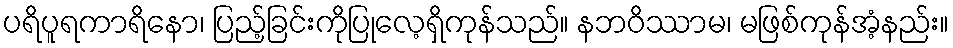
ပရိပူရကာရိနော၊ ပြည့်ခြင်းကိုပြုလေ့ရှိကုန်သည်။ နဘဝိဿာမ၊ မဖြစ်ကုန်အံ့နည်း။